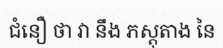
ជំនឿ ថា វា នឹង ភស្តុតាង នៃ